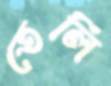
তেলি